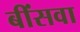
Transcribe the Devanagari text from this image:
बींसवा